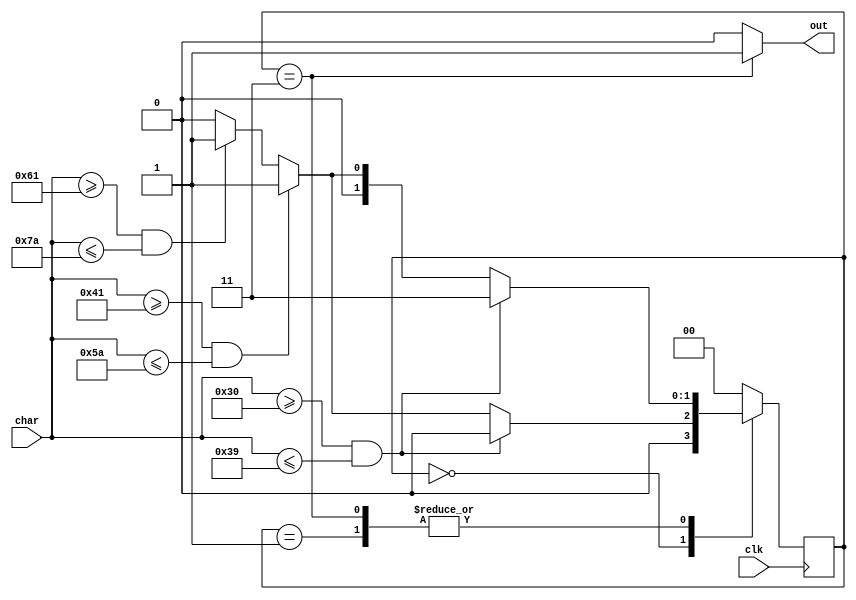
`timescale 1ns / 1ps
//////////////////////////////////////////////////////////////////////////////////
// Company: 
// Engineer: 
// 
// Design Name: 
// Module Name:    id_fsm 
// Project Name: 
// Target Devices: 
// Tool versions: 
// Description: 
//
// Dependencies: 
//
// Revision: 
// Revision 0.01 - File Created
// Additional Comments: 
//
//////////////////////////////////////////////////////////////////////////////////
`define S0 2'b00
`define S1 2'b01
`define S2 2'b11
module id_fsm(
    input [7:0] char,
    input clk,
    output out
    );
	 
	 parameter digit_one = 48,digit_nine= 57;
	 parameter upper_A = 65,upper_Z = 90;
	 parameter lower_a = 97,lower_z = 122;
	 
	 reg [1:0] status = `S0;
	 
	 always@(posedge clk) begin
	 case(status)
	 `S0 : begin
	          if (char >= digit_one && char <= digit_nine)
				 status <= `S0;
				 else if (char >= upper_A && char <= upper_Z)
				 status <= `S1;
				 else if (char >= lower_a && char <= lower_z)
				 status <= `S1;
				 else
				 status <= `S0;
			end
	 `S1 : begin
	          if (char >= digit_one && char <= digit_nine)
				 status <=`S2;
				 else if (char >= upper_A && char <= upper_Z)
				 status <= `S1;
				 else if (char >= lower_a && char <= lower_z)
				 status <= `S1;
				 else
				 status <= `S0;
			end
	 `S2 : begin
	          if (char >= digit_one && char <= digit_nine)
				 status <= `S2;
				 else if (char >= upper_A && char <= upper_Z)
				 status <= `S1;
				 else if (char >= lower_a && char <= lower_z)
				 status <= `S1;
				 else
				 status <= `S0;
			end
		default : status <= `S0;
	 endcase
	end
	assign out = (status == `S2) ? 1'b1 : 1'b0;


endmodule